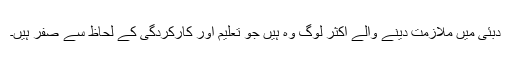
دبئی میں ملازمت دینے والے اکثر لوگ وہ ہیں جو تعلیم اور کارکردگی کے لحاظ سے صفر ہیں۔